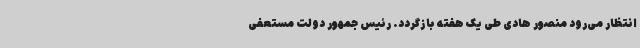
انتظار می‌رود منصور هادی طی یک هفته بازگردد. رئیس جمهور دولت مستعفی